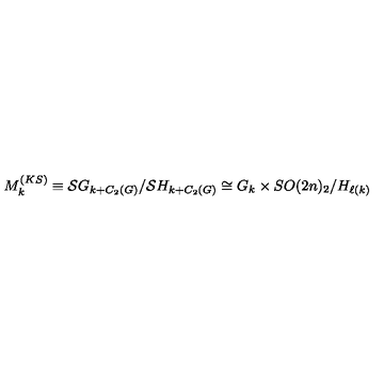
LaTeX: M _ { k } ^ { \tiny ( K S ) } \equiv { \cal S } G _ { k + C _ { 2 } ( G ) } / { \cal S } H _ { k + C _ { 2 } ( G ) } \cong G _ { k } \times S O ( 2 n ) _ { 2 } / H _ { \ell ( k ) }